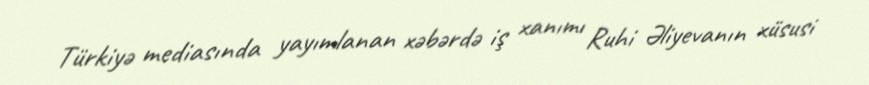
Türkiyə mediasında yayımlanan xəbərdə iş xanımı Ruhi Əliyevanın xüsusi